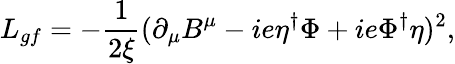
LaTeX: L_{gf}=-{\frac{1}{2\xi}}(\partial_{\mu}B^{\mu}-ie\eta^{\dagger}\Phi+ie\Phi^{\dagger}\eta)^{2},